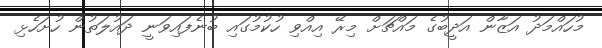
މުހައްމަދު އަޒާން އަދީބުގެ މައްޗަށް މިރޭ އިއްވި ހުކުމުގައި ބުނެފައިވަނީ ދައުލަތުން ހުށަހެޅި